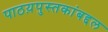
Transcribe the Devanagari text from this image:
पाठय़पुस्तकांबद्दल